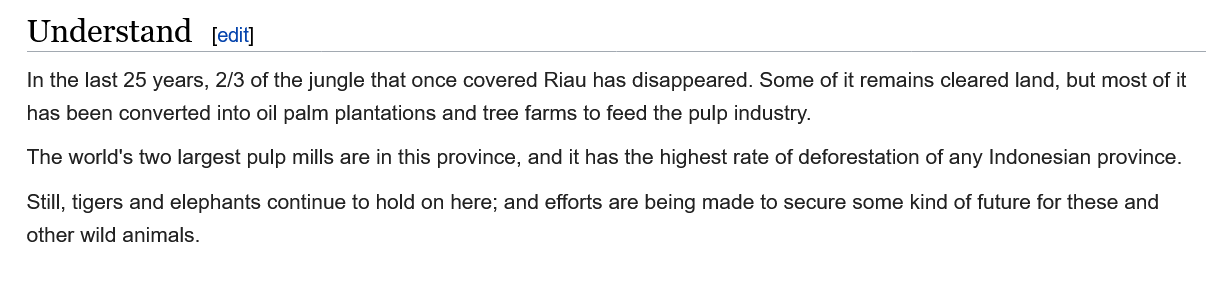
Understand
   In the last 25 years, 2/3 of the jungle that once covered Riau has disappeared. Some of it remains cleared land, but most of it
   has been converted into oil palm plantations and tree farms to feed the pulp industry.
   The world's two largest pulp mills are in this province, and it has the highest rate of deforestation of any Indonesian province.
   Still, tigers and elephants continue to hold on here; and efforts are being made to secure some kind of future for these and
   other wild animals.
     [edit]